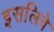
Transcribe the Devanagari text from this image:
इसलिवे